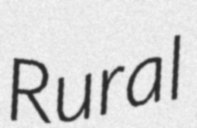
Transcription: Rural